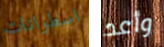
اسطوانات وأعد